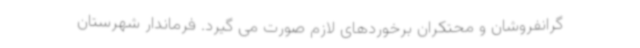
گرانفروشان و محتکران برخوردهای لازم صورت می گیرد. فرماندار شهرستان